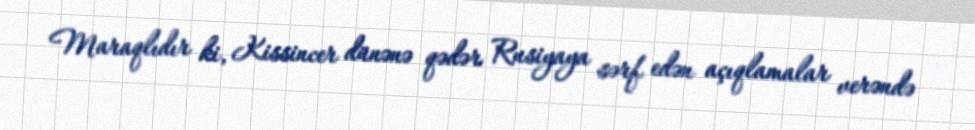
Maraqlıdır ki, Kissincer dünənə qədər Rusiyaya sərf edən açıqlamalar verəndə